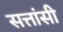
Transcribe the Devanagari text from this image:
सत्तांसी